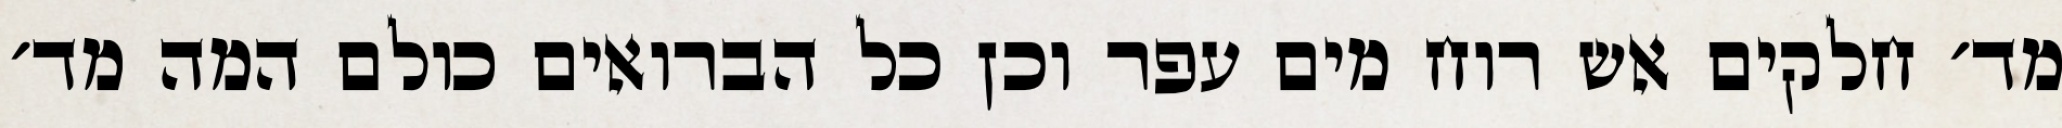
מד׳ חלקים אש רוח מים עפר וכן כל הברואים כולם המה מד׳